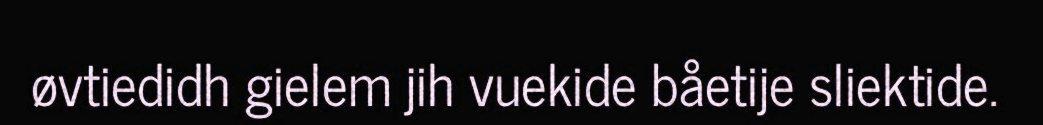
øvtiedidh gielem jih vuekide båetije sliektide.